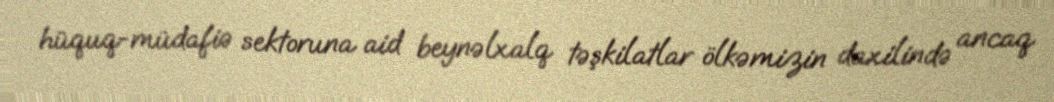
hüquq-müdafiə sektoruna aid beynəlxalq təşkilatlar ölkəmizin daxilində ancaq